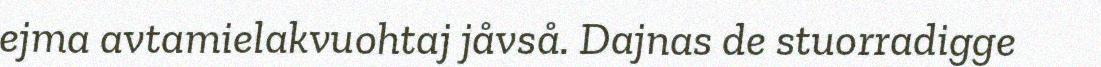
ejma avtamielakvuohtaj jåvså. Dajnas de stuorradigge